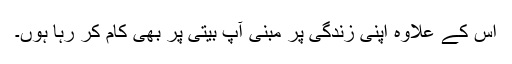
اس کے علاوہ اپنی زندگی پر مبنی آپ بیتی پر بھی کام کر رہا ہُوں۔